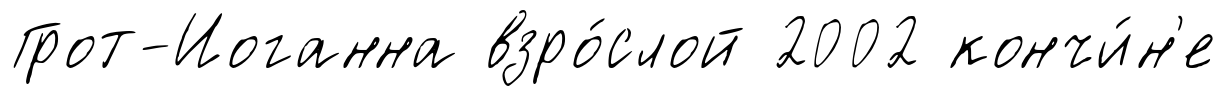
Грот-Иоганна взро́слой 2002 кончи́н'е